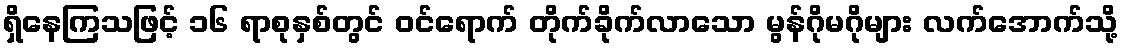
ရှိနေကြသဖြင့် ၁၆ ရာစုနှစ်တွင် ဝင်ရောက် တိုက်ခိုက်လာသော မွန်ဂိုမဂိုများ လက်အောက်သို့